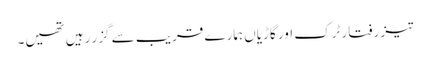
تیز رفتار ٹرک اور گاڑیاں ہمارے قریب سے گزر رہیں تھیں۔